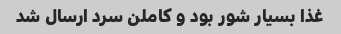
غذا بسیار شور بود و کاملن سرد ارسال شد